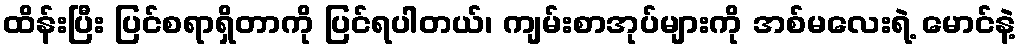
ထိန်းပြီး ပြင်စရာရှိတာကို ပြင်ရပါတယ်၊ ကျမ်းစာအုပ်များကို အစ်မလေးရဲ့ မောင်နဲ့